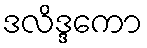
ဒလိဒ္ဒကော